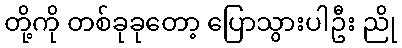
တို့ကို တစ်ခုခုတော့ ပြောသွားပါဦး ညို